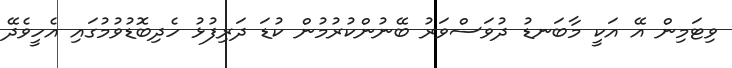
ވިޓަމިން އޭ އަކީ މާބަނޑު ދުވަސްވަރު ބޭނުންކުރުމުން ކުޑަ ދަރިފުޅު ހެދިބޮޑުވުމުގައި އެހީވެދޭ